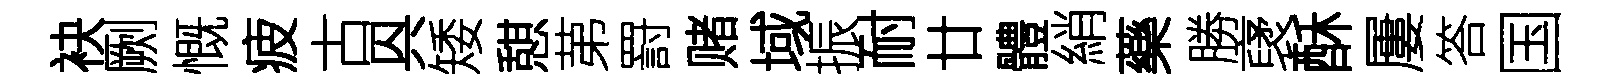
袂劂慨疲古㒷矮憇苐罸赌域振耐廿體綃藥勝裦酥屢答国